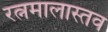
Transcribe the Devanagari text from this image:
रत्नमालास्तव